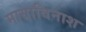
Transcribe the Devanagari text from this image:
मायाविनाश